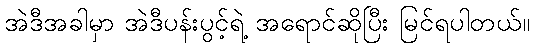
အဲဒီအခါမှာ အဲဒီပန်းပွင့်ရဲ့ အရောင်ဆိုပြီး မြင်ရပါတယ်။